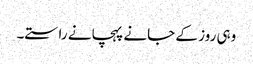
وہی روز کے جانے پہچانے راستے۔